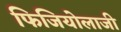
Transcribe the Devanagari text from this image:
फिजियोलाजी